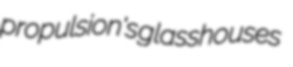
propulsion's glasshouses